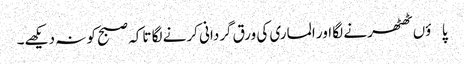
پاؤں ٹھٹھرنے لگا اور الماری کی ورق گردانی کرنے لگا تاکہ صبح کو نہ دیکھے۔